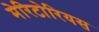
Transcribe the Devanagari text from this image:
मेरिटोरियस